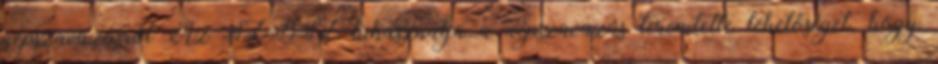
népszavazásról Az SZDSZ kihasználja a népszavazás teremtette lehetőséget, hogy